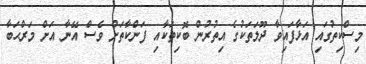
މިސްކިތުގައި އަޅާފައިވާ ދޫލަތަކުގެ އިތުރުން ބޮކިތަކާއި ފަންކާތަށް ވެސް އޭނާ އަށް މަރްޙަބާ